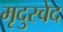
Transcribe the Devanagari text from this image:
मृदुस्वेद